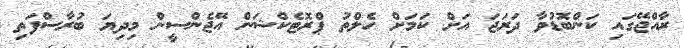
ރާއްޖޭގައި ކަންބޮޑުވާ ދަރަޖަ އަށް ކަމަށް ހެލްތު ޕްރޮޓެކްޝަން އޭޖެންސީން މިދިޔަ ބުރާސްފަތި